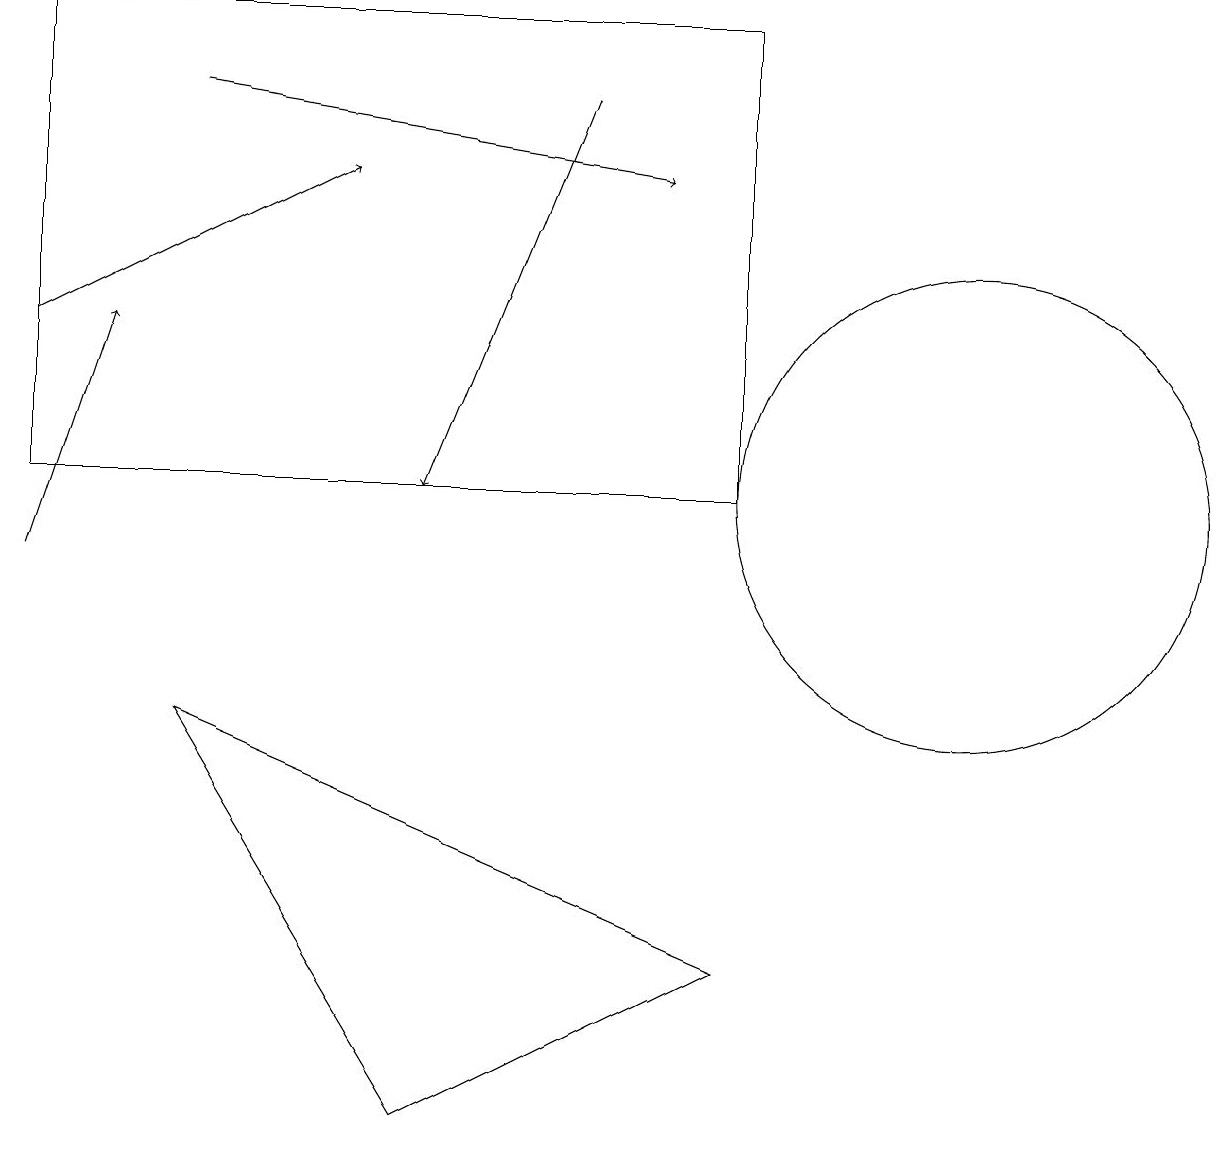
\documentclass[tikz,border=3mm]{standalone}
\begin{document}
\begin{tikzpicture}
\draw (0,11) rectangle (9,17);
\draw[->] (0,10) -- (1,13);
\draw[->] (7,16) -- (5,11);
\draw (2,8) -- (5,3) -- (9,5) -- cycle;
\draw (12,11) circle (3);
\draw[->] (0,13) -- (4,15);
\draw[->] (2,16) -- (8,15);
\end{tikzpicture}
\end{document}